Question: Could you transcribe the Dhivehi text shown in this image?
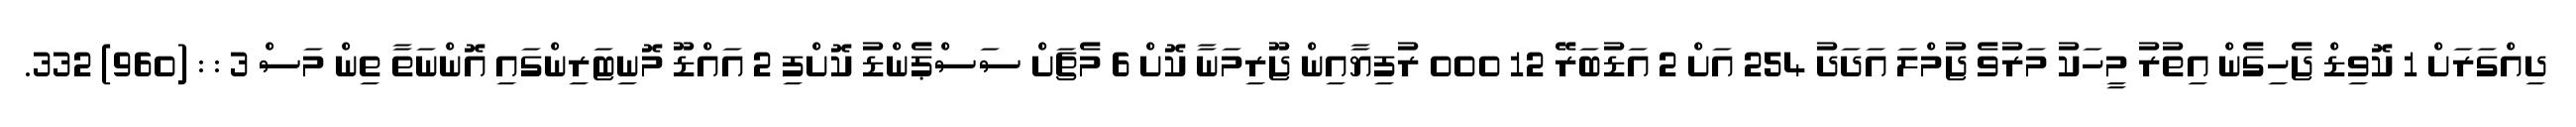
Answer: ދިއްގަރަށް 1 ކޮވިޑް ޖެހިގެން އިތުރު މީހަކު މަރުވެ ޖުމްލަ އަދަދު 254 އަށް 2 އަޑުބަރޭ 12 000 ރުފިޔާއިން ޖޫރިމަނާ ކޮށް 6 މެޗަށް ސަސްޕެންޑު ކޮށްފި 2 އައްޑޫ މޮނިޓަރިންގައި އޮންނަތާ ތިން މަސް 3 : : (960) 332.